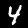
Digit: 4